Lunatic asylums United Provinces 1899-1908 - 1899-1908
Year: 1899
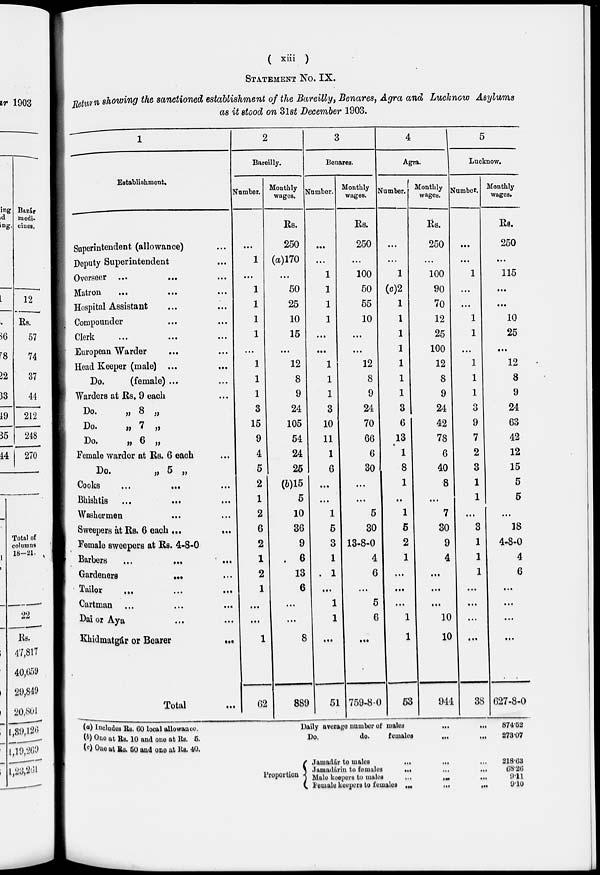
(
xiii
)
STATEMENT NO. IX.
Return showing the sanctioned establishment of the Bareilly, Benares, Agra and Lucknow Asylums
as it stood on 31st December 1903.
1
Establishment.
Superintendent (allowance) ...
Deputy Superintendent ...
Overseer ...
...
...
Matron ... ... ...
Hospital Assistant ... ...
Compounder ... ...
Clerk ... ... ...
European Warder ... ...
Head Keeper (male) ... ...
Do.
(female) ... ...
Warders at Rs. 9 each ...
Do.
„ 8 „
Do.
„ 7 „
Do.
„ 6 „
Female warder at Rs. 6 each ...
Do.
„ 5 „
Cooks ... ... ...
Bhishtis ... ... ...
Washermen ... ...
Sweepers at Rs. 6 each ...
...
Female sweepers at Rs. 4-8-0
Barbers ... ... ...
Gardeners
...
...
Tailor ... ... ...
Cartman ... ... ...
Dai or Aya ... ...
Khidmatgár or Bearer
...
Total ...
2
Bareilly.
Number.
...
1
...
1
1
1
1
...
1
1
1
3
15
9
4
5
2
1
2
6
2
1
2
1
...
...
1
62
Monthly
wages.
Rs.
250
(a)170
...
50
25
10
15
...
12
8
9
24
105
54
24
25
(b)15
5
10
36
9
6
13
6
...
...
8
889
3
Benares.
Number.
...
...
1
1
1
1
...
...
1
1
1
3
10
11
1
6
...
...
1
5
3
1
1
...
1
1
...
51
Monthly
wages.
Rs.
250
...
100
50
55
10
...
...
12
8
9
24
70
66
6
30
...
...
5
30
13-8-0
4
6
...
5
6
...
759-8-0
4
Agra.
Number.
...
...
1
(c)2
1
1
1
1
1
1
1
3
6
13
1
8
1
..
1
5
2
1
...
...
...
1
1
53
Monthly
wages.
Rs.
250
...
100
90
70
12
25
100
12
8
9
24
42
78
6
40
8
...
7
30
9
4
...
...
...
10
10
944
5
Lucknow.
Number.
...
...
1
...
...
1
1
...
1
1
1
3
9
7
2
3
1
1
...
3
1
1
1
...
...
...
...
38
Monthly
wages.
Rs.
250
...
115
...
...
10
25
...
12
8
9
24
63
42
12
15
5
5
...
18
4-8-0
4
6
...
...
...
...
627-8-0
(a) Includes Rs. 60 local allowance.
(b) One at Rs. 10 and one at Rs. 5.
Daily average number of males
...
...
Do.
do.
females
...
...
874.52
273.07
(c) One at Rs. 50 and one at Rs. 40.
Proportion
Jamadár to males
...
... ...
Jamadárin to females
...
...
...
Male keepers to males
...
...
...
Female keepers to females
...
...
...
218.63
68.26
9.11
9.10